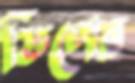
ডিপের